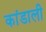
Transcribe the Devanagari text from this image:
कांडाली